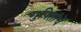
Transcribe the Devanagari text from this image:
गुपितांचे